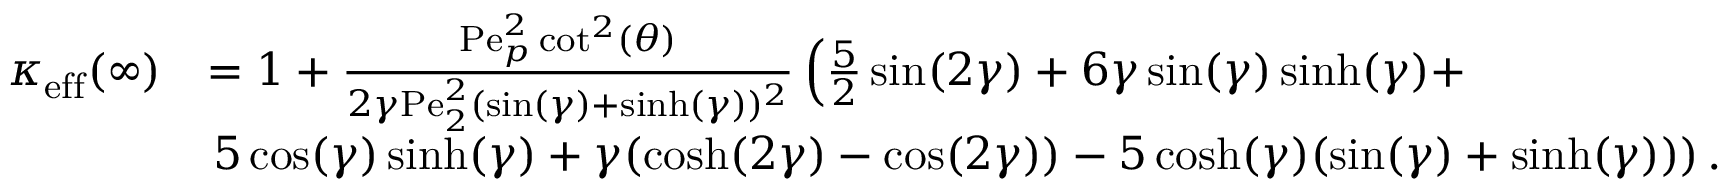
\begin{array} { r l } { \kappa _ { \mathrm { e f f } } ( \infty ) } & { = 1 + \frac { \mathrm { P e } _ { p } ^ { 2 } \cot ^ { 2 } ( \theta ) } { 2 \gamma \mathrm { P e } _ { 2 } ^ { 2 } ( \sin ( \gamma ) + \sinh ( \gamma ) ) ^ { 2 } } \left( \frac { 5 } { 2 } \sin ( 2 \gamma ) + 6 \gamma \sin ( \gamma ) \sinh ( \gamma ) + \right. } \\ & { \left. 5 \cos ( \gamma ) \sinh ( \gamma ) + \gamma ( \cosh ( 2 \gamma ) - \cos ( 2 \gamma ) ) - 5 \cosh ( \gamma ) ( \sin ( \gamma ) + \sinh ( \gamma ) ) \right) . } \end{array}